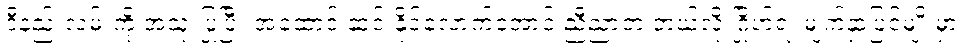
ဒီနည်းလမ်းကို အသုံးပြုပြီး အထောင် ဆင်းနိုင်လောက်အောင် ညီညာတဲ့ ဘယ်လို ဂြိုဟ်ရဲ့ မျက်နှာပြင်မျိုးမှာ